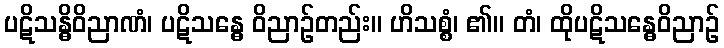
ပဋိသန္ဓိဝိညာဏံ၊ ပဋိသန္ဓေ ဝိညာဉ်တည်း။ ဟိသစ္စံ၊ ၏။ တံ၊ ထိုပဋိသန္ဓေဝိညာဉ်